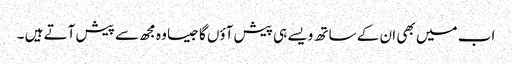
اب میں بھی ان کے ساتھ ویسے ہی پیش آؤں گا جیسا وہ مجھ سے پیش آتے ہیں ۔